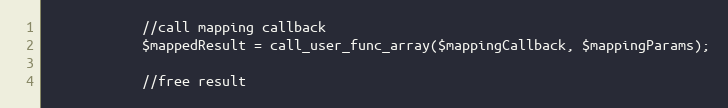
Language: PHP
			//call mapping callback
			$mappedResult = call_user_func_array($mappingCallback, $mappingParams);

			//free result